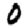
Digit: 0